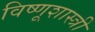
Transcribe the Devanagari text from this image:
विष्णूशास्त्री